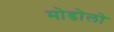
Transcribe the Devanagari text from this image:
मोडोलो